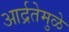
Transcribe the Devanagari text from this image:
आर्द्रतेमुळे